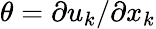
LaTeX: \theta=\partial u_{k}/\partial x_{k}